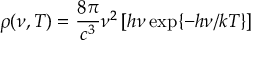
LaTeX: \rho ( \nu , T ) = \frac { 8 \pi } { c ^ { 3 } } \nu ^ { 2 } \, [ h \nu \exp \{ - h \nu / k T \} ]